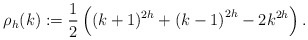
\begin{align*} \rho_{h}(k):=\frac{1}{2}\left((k+1)^{2h}+{(k-1)}^{2h}-2{k}^{2h}\right).\end{align*}